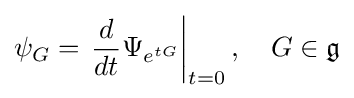
\psi _{G}=\left.{\frac {d}{dt}}\Psi _{e^{tG}}\right|_{t=0},\quad G\in {\mathfrak {g}}